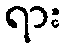
ရား